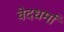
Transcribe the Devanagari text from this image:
वेदधर्मा